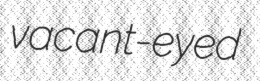
vacant-eyed